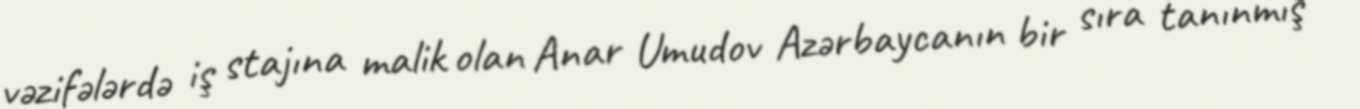
vəzifələrdə iş stajına malik olan Anar Umudov Azərbaycanın bir sıra tanınmış